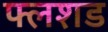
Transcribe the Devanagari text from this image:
फ्लशड